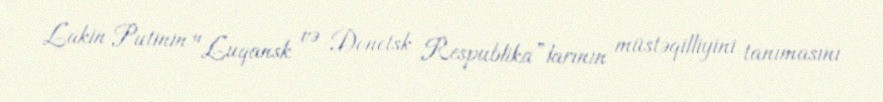
Lakin Putinin "Luqansk və Donetsk Respublika”larının müstəqilliyini tanımasını